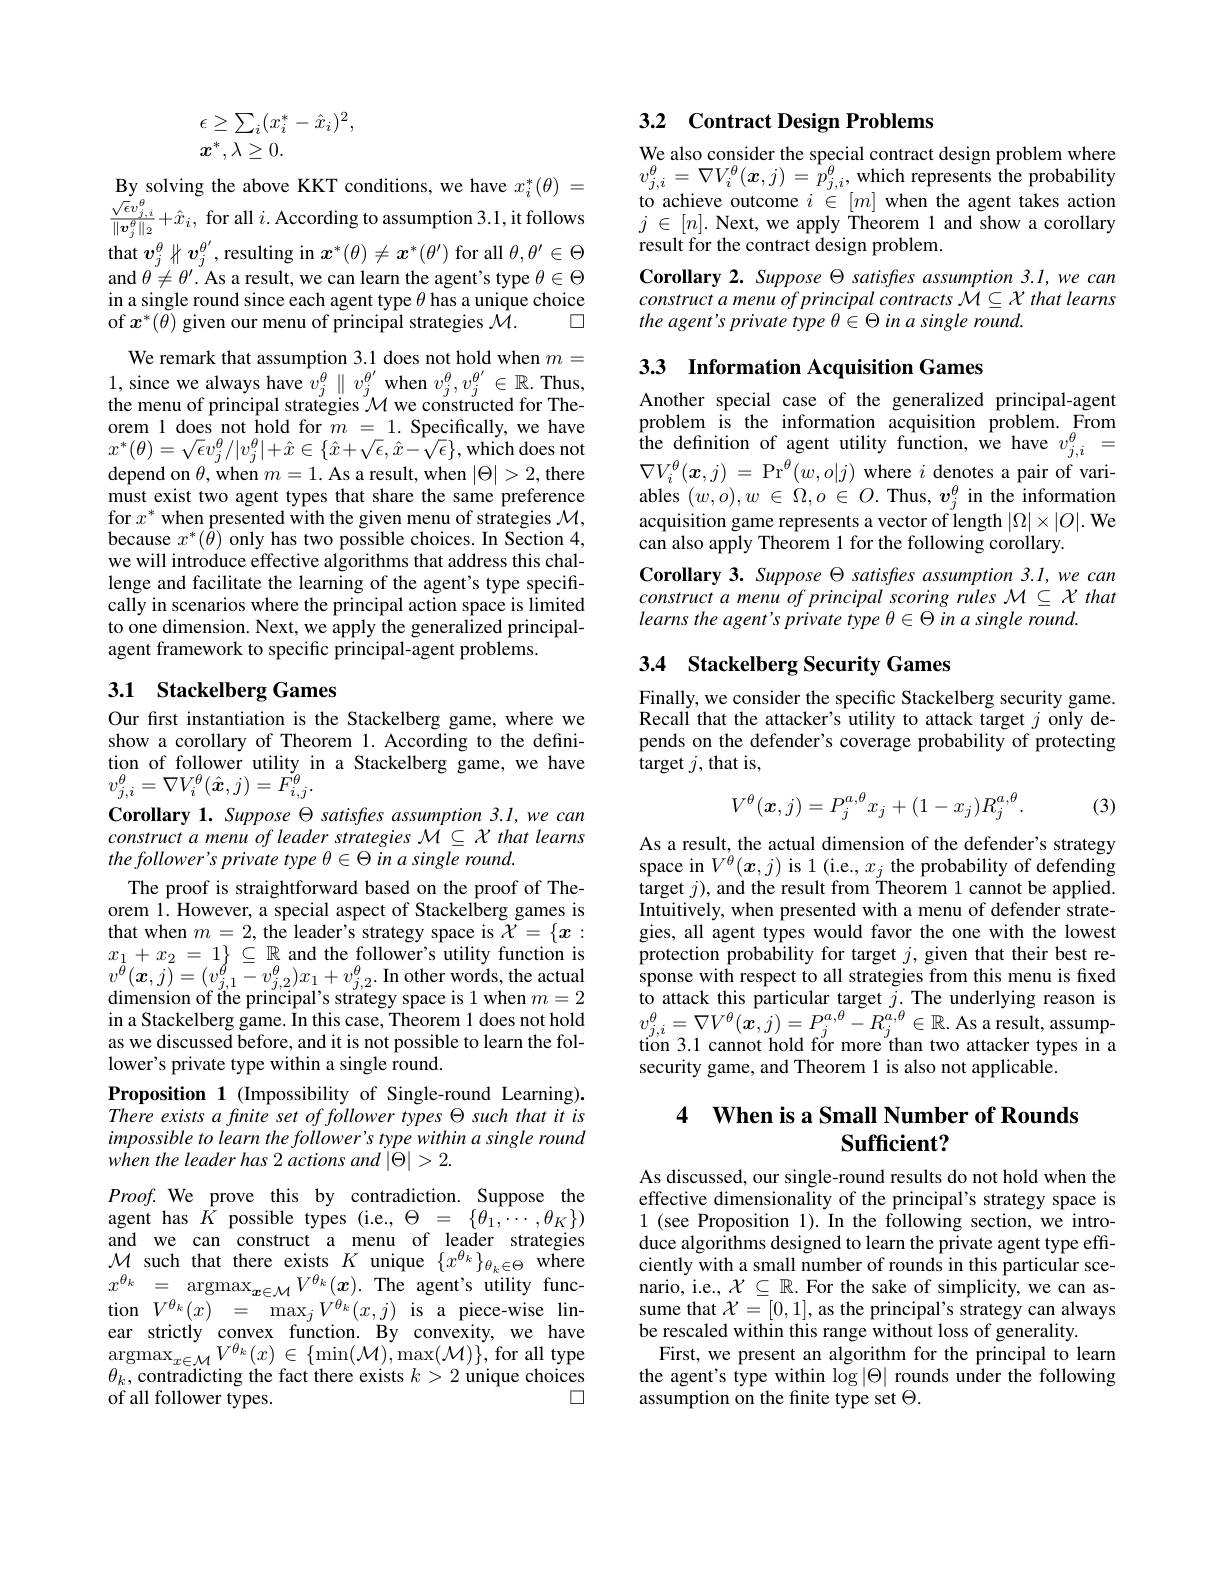
$$\begin{array}{l}\epsilon\geq\sum_i(x_i^*-\hat{x}_i)^2,\\\boldsymbol{x}^*,\lambda\geq0.\end{array}$$
$\begin{array}{l}\mathrm{By~solving~the~above~KKT~conditions,~we~have~}x_{i}^{*}(\theta)=\\\frac{\sqrt{\epsilon}v_{j,i}^{\theta}}{\|\boldsymbol{v}_{j}^{\theta}\|_{2}}+\hat{x}_{i},\mathrm{~for~all~}i.\text{According to assumption 3.1, it follows}\end{array}$ that $v_j^\theta\sharp v_j^{\theta^{\prime}}$,resulting in $x^*(\theta)\neq x^*(\theta^{\prime})$ for all $\theta,\theta^\prime\in\Theta$ and $\theta\neq\theta^\prime.$ As a result, we can learn the agent's type $\theta\in\Theta$ in a single round since each agent type $\theta$ has a unique choice of $x^*(\theta)$ given our menu of principal strategies $\bar{\mathcal{M}}.$
$\square$

We remark that assumption 3.1 does not hold when $m=$ $\begin{array}{l}1,\text{since we always have }v_{j}^{\theta}\parallel v_{j}^{\theta^{\prime}}\mathrm{~when~}v_{j}^{\theta},v_{j}^{\theta^{\prime}}\in\mathbb{R}.\mathrm{Thus},\\\text{the menu of principal strategies }\mathcal{M}\mathrm{~we~constructed~for~The-}\end{array}$ orem 1 does not hold for $m=1.$ Specifically, we have $x^{*}(\theta)=\sqrt{\epsilon}v_{j}^{\theta}/|v_{j}^{\theta}|+\hat{x}\in\{\hat{x}+\sqrt{\epsilon},\hat{x}-\hat{\sqrt{\epsilon}}\}$,which does not depend on $\theta$,when $m=1.$ As a result, when $|\Theta|>2$,there must exist two agent types that share the same preference for $x^*$ when presented with the given menu of strategies $\mathcal{M}$, because $x^*(\bar{\theta})$ only has two possible choices. In Section 4, we will introduce effective algorithms that address this challenge and facilitate the learning of the agent's type specifically in scenarios where the principal action space is limited to one dimension. Next, we apply the generalized principalagent framework to specific principal-agent problems.

## 3.1 Stackelberg Games

Our fırst instantiation is the Stackelberg game, where we show a corollary of Theorem 1. According to the definition of follower utility in a Stackelberg game, we have $v_{j,i}^{\theta}=\nabla V_{i}^{\theta}(\hat{\boldsymbol{x}},j)=F_{i,j}^{\theta}.$
Corollary 1. Suppose $\Theta$ satisfres assumption 3.I, we can construct a menu of leader strategies $\mathcal{M}\subseteq\mathcal{X}$ that learns the follower's private type $\theta\in\Theta$ in a single round.
The proof is straightforward based on the proof of Theorem 1. However, a special aspect of Stackelberg games is that when $m=2$, the leader's strategy space is $\mathcal{X}=\{x:$ $x_{1}+x_{2}=1\}\subseteq\mathbb{R}_{a}$ and the follower's utility function is $\begin{array}{l}{v^{\tilde{\theta}}(\boldsymbol{x},\bar{j})=(v_{j,1}^{\hat{\theta}}-v_{j,2}^{\theta})x_{1}+v_{j,2}^{\theta}.\text{ In other words, the actual}}\\{\text{dimension of the principal's strategy space is 1 when }m=2}\end{array}$ in a Stackelberg game. In this case, Theorem 1 does not hold as we discussed before, and it is not possible to learn the follower's private type within a single round.
Proposition 1 (Impossibility of Single-round Learning). There exists a finite set of follower types $\Theta$ such that it is impossible to learn the follower's type within a single round when the leader has 2 actions and |0|> 2.
$Proof.$ We prove this by contradiction. Suppose the agent has $\hat{K}$ possible types (i.e., $\Theta=\{\theta_1,\cdots,\theta_K\})$ and we can construct a menu of leader strategies $\mathcal{M}_{a}$ such that there exists $K$ unique $\{x^{\theta_k}\}_{\theta_k\in\Theta}$ where $x^{\theta _k}$ = $\underset {a}{\operatorname* { \operatorname* { \operatorname* { argmax} } } }_{\boldsymbol{x}\in \mathcal{M} }V^{\theta _k}( \boldsymbol{x}) .$The agent's utility func- $\begin{array}{rcl}{\mathrm{tion}}&{V^{\theta_{k}}(x)}&{=}&{\mathrm{max}_{j}V^{\theta_{k}}(x,j)}&{\mathrm{is}}&{\mathrm{a}}&{\mathrm{piece-wise}}&{\mathrm{lin-}}\\{\mathrm{ear}}&{\mathrm{strictly}}&{\mathrm{convex}}&{\mathrm{function.}}&{\mathrm{By}}&{\mathrm{convexity,}}&{\mathrm{we}}&{\mathrm{have}}\end{array}$ $\operatorname*{argmax}_{x\in\mathcal{M}}V^{\theta_k}(x)\in\{\operatorname*{min}(\mathcal{M}),\operatorname*{max}(\mathcal{M})\}$,for all type $\theta_k,\bar{\text{contradicting the fact there exists }k>2}$ unique choices
口
of all follower types.

## 3.2 Contract Design Problems

We also consider the special contract design problem where $v_{j, i}^{\theta }= \nabla V_{i}^{\theta }( \boldsymbol{x}, j)$ $= \overset {1}{\operatorname* { p} }_{j, i}^{\theta }$,which represents the probability to achieve outcome $i\in[m]$ when the agent takes action $j\in[n].$ Next, we apply Theorem 1 and show a corollary result for the contract design problem.
Corollary 2. Suppose $\Theta$ satisfres assumption 3.1, we can $constructamenuofprincipalcontracts{\mathcal M}\subseteq{\mathcal X}$ that learns the agent's private type $\theta\in\Theta$ in a single round.

3.3 Information Acquisition Games

Another special case of the generalized principal-agent problem is the information acquisition problem. From the defnition of agent utility function, we have $v_{j,i}^{\theta}=$ $\nabla V_{i}^{\theta }( \boldsymbol{x}, j)$ = $\mathrm{Pr}^{\theta }( w, o| j)$ where $i$ denotes a pair of variables $(w,o),w\in\Omega,o\in O.$ Thus, $v_j^\theta$ in the information acquisition game represents a vector of length $|\Omega|\times|O|.$ We can also apply Theorem 1 for the following corollary.
Corollary 3. Suppose $\Theta$ satisfes assumption 3.1,we can constructa menu of principal scoring rules $\mathcal{M}\subseteq\mathcal{X}$ that learns the agent's private type $\theta\in\Theta$ in a single round.

## 3.4 Stackelberg Security Games

Finally, we consider the specific Stackelberg security game. Recall that the attacker's utility to attack target $j$ only depends on the defender's coverage probability of protecting target $j$, that is,
$$V^\theta(\boldsymbol{x},j)=P_j^{a,\theta}x_j+(1-x_j)R_j^{a,\theta}.$$
(3)

As a result, the actual dimension of the defender's strategy space in $V^\theta(x,j)$ is 1 (i.e., $x_j$ the probability of defending target $j)$, and the result from Theorem 1 cannot be applied. Intuitively, when presented with a menu of defender strategies, all agent types would favor the one with the lowest protection probability for target $j$, given that their best response with respect to all strategies from this menu is fixed $\begin{array}{l}\text{to attack this particular target }j.\text{The underlying reason is}\\{v_{j,i}^{\theta}=\nabla V^{\theta}(x,j)=P_{j}^{a,\theta}-R_{j}^{a,\theta}\in\mathbb{R}.\text{As a result, assump-}}\\\text{tion 3.1 cannot hold for more than two attacker types in a}\end{array}$ security game, and Theorem 1 is also not applicable.

### 4 $\textbf{When is a Small Number of Rounds}$ Sufficient?

As discussed, our single-round results do not hold when the effective dimensionality of the principal's strategy space is 1 (see Proposition 1).In the following section, we introduce algorithms designed to learn the private agent type efficiently with a small number of rounds in this particular scenario, i.e., $\mathcal{X}\subseteq\mathbb{R}.$ For the sake of simplicity, we can assume that $\mathcal{X}=[0,1]$, as the principal's strategy can always be rescaled within this range without loss of generality.
First, we present an algorithm for the principal to learn the agent's type within $\log|\Theta|$ rounds under the following assumption on the finite type set $\Theta.$